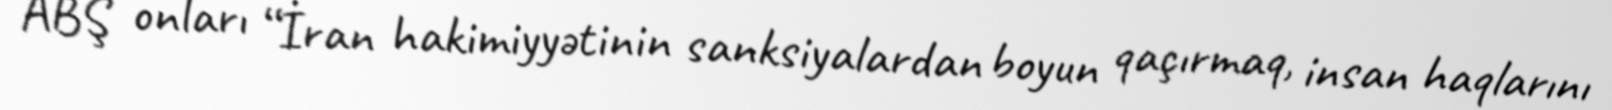
ABŞ onları “İran hakimiyyətinin sanksiyalardan boyun qaçırmaq, insan haqlarını